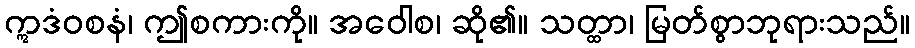
ဣဒံဝစနံ၊ ဤစကားကို။ အဝေါစ၊ ဆို၏။ သတ္ထာ၊ မြတ်စွာဘုရားသည်။